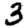
Digit: 3